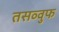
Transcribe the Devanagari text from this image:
तसव्‍वुफ